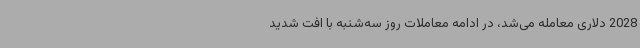
2028 دلاری معامله می‌شد، در ادامه معاملات روز سه‌شنبه با افت شدید